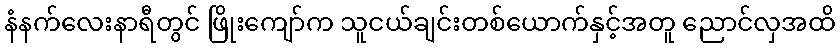
နံနက်လေးနာရီတွင် ဖြိုးကျော်က သူငယ်ချင်းတစ်ယောက်နှင့်အတူ ညောင်လှအထိ